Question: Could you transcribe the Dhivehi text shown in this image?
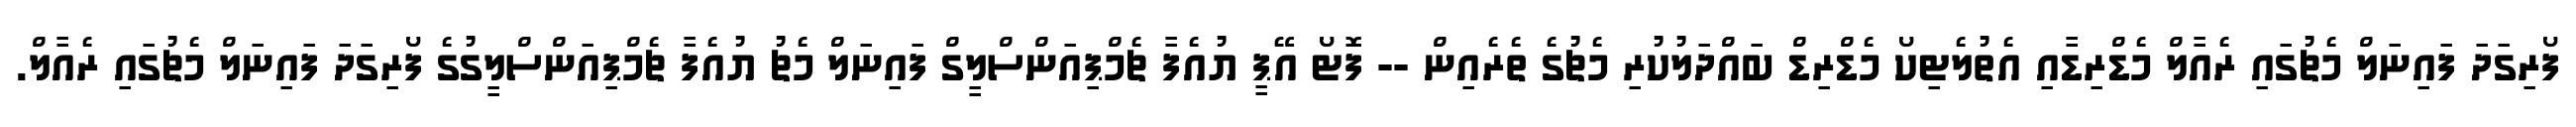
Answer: ފޯރިގަދަ ފައިނަލް މެޗުގައި ރެއާލް މެޑްރިޑާއި އެތުލެޓިކޯ މެޑްރިޑް ބައްދަލުކުރި މެޗުގެ ތެރެއިން -- ފޮޓޯ އޭޕީ ޔުއެފާ ޗެމްޕިއަންސްލީގް ފައިނަލް މެޗު ޔުއެފާ ޗެމްޕިއަންސްލީގުގެ ފޯރިގަދަ ފައިނަލް މެޗުގައި ރެއާލް.